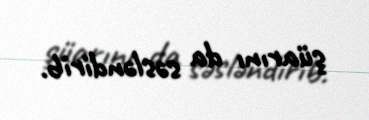
şüarını da səsləndirib.